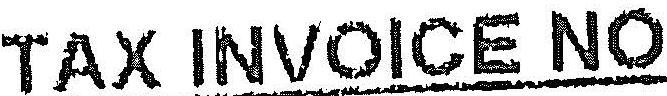
TAX INVOICE NO